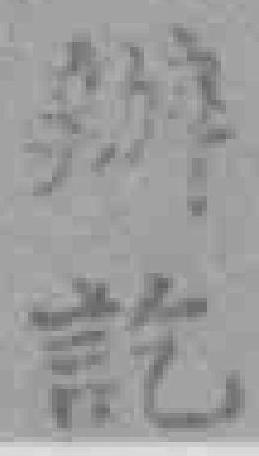
辦記